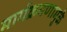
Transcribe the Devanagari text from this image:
मार्गक्रमणामुळे